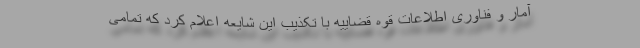
آمار و فناوری اطلاعات قوه قضاییه با تکذیب این شایعه اعلام کرد که تمامی